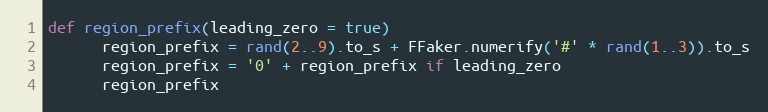
Language: Ruby
def region_prefix(leading_zero = true)
      region_prefix = rand(2..9).to_s + FFaker.numerify('#' * rand(1..3)).to_s
      region_prefix = '0' + region_prefix if leading_zero
      region_prefix